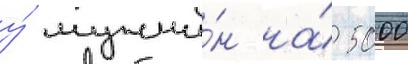
у́ мужчи́н на́ 5000